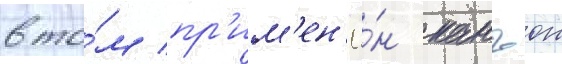
в то́м пр'им'ен'ё́н канъон